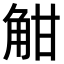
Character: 𧣑